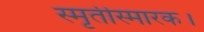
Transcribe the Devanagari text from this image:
स्मृतीस्मारक।